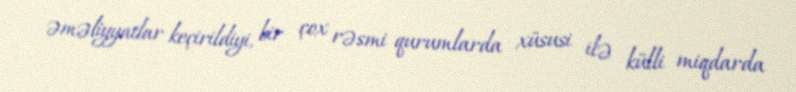
əməliyyatlar keçirildiyi, bir çox rəsmi qurumlarda xüsusi ilə külli miqdarda